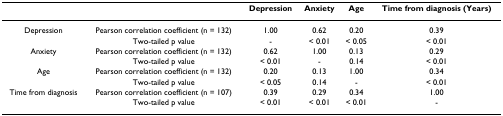
|  |  | Depression | Anxiety | Age | Time from diagnosis (Years) |
 | --- | --- | --- | --- | --- | --- |
 | Depression | Pearson correlation coefficient (n = 132) | 1.00 | 0.62 | 0.20 | 0.39 |
 |  | Two-tailed p value | - | < 0.01 | < 0.05 | < 0.01 |
 | Anxiety | Pearson correlation coefficient (n = 132) | 0.62 | 1.00 | 0.13 | 0.29 |
 |  | Two-tailed p value | < 0.01 | - | 0.14 | < 0.01 |
 | Age | Pearson correlation coefficient (n = 132) | 0.20 | 0.13 | 1.00 | 0.34 |
 |  | Two-tailed p value | < 0.05 | 0.14 | - | < 0.01 |
 | Time from diagnosis | Pearson correlation coefficient (n = 107) | 0.39 | 0.29 | 0.34 | 1.00 |
 |  | Two-tailed p value | < 0.01 | < 0.01 | < 0.01 | - |